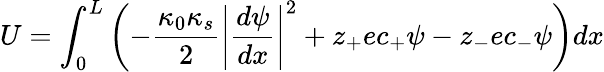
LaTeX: U=\int_{0}^{L}\left(-\frac{\kappa_{0}\kappa_{s}}{2}{\left\lvert\frac{d\psi}{dx}\right\rvert}^{2}+z_{+}ec_{+}\psi-z_{-}ec_{-}\psi\right)dx